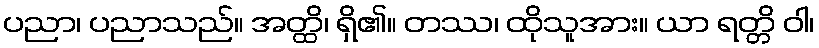
ပညာ၊ ပညာသည်။ အတ္ထိ၊ ရှိ၏။ တဿ၊ ထိုသူအား။ ယာ ရတ္တိ ဝါ၊